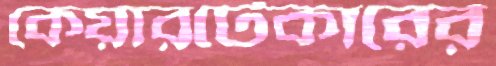
কেয়ারটেকারের